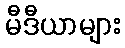
မီဒီယာများ